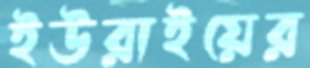
ইউরাইয়ের